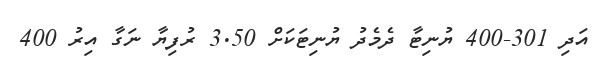
އަދި 301-400 ޔުނިޓާ ދެމެދު ޔުނިޓަކަށް 3.50 ރުފިޔާ ނަގާ އިރު 400